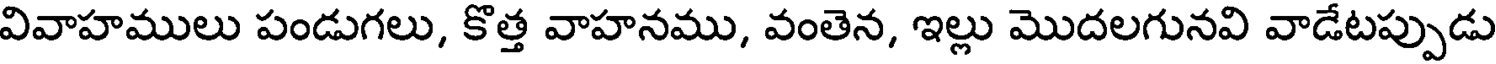
వివాహములు పండుగలు, కొత్త వాహనము, వంతెన, ఇల్లు మొదలగునవి వాడేటప్పుడు